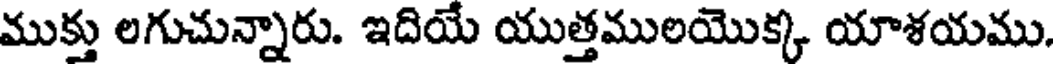
ముక్తు లగుచున్నారు. ఇదియే యుత్తములయొక్క యాశయము.